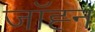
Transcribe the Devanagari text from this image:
जॉह्न